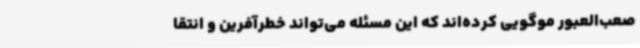
صعب‌العبور موگویی کرده‌اند که این مسئله می‌تواند خطرآفرین و انتقا